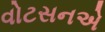
વોટસનએ